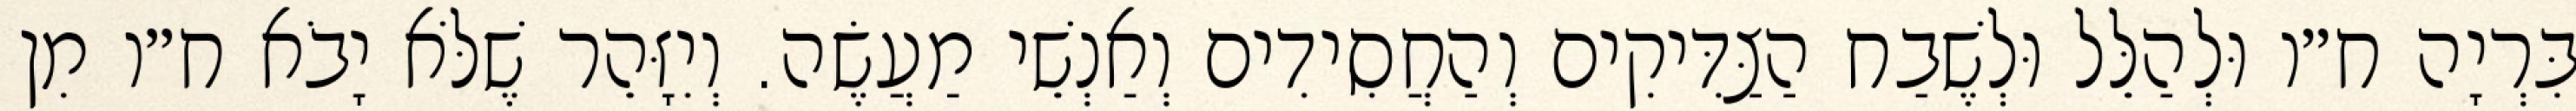
בִּרְיָה ח״ו וּלְהַלֵּל וּלְשֶׁבַח הַצַּדִּיקִים וְהַחֲסִידִים וְאַנְשֵׁי מַעֲשֶׂה. וְיִזָּהֵר שֶׁלֹּא יָבֹא ח״ו מִן